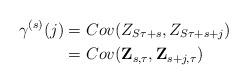
LaTeX: \begin{align*}\gamma ^{(s)}(j)& =Cov(Z_{S\tau +s},Z_{S\tau +s+j}) \\& =Cov(\mathbf{Z}_{s,\tau },\mathbf{Z}_{s+j,\tau }) \end{align*}